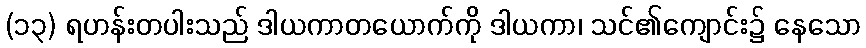
(၁၃) ရဟန်းတပါးသည် ဒါယကာတယောက်ကို ဒါယကာ၊ သင်၏ကျောင်း၌ နေသော